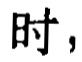
时，